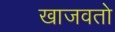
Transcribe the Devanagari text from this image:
खाजवतो